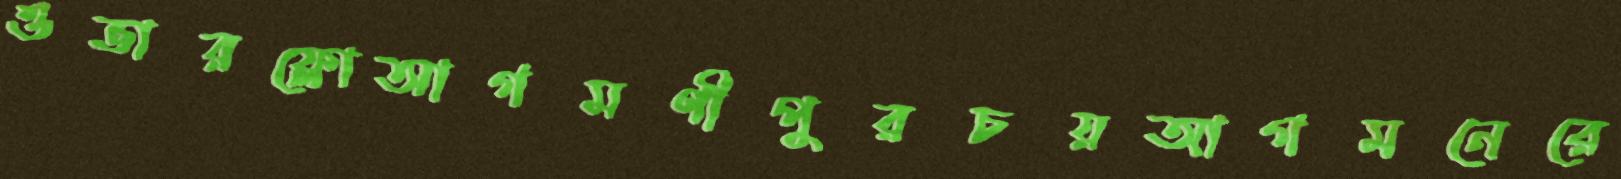
ওভারফ্লোআগমণীপুরচয়আগমনেরে